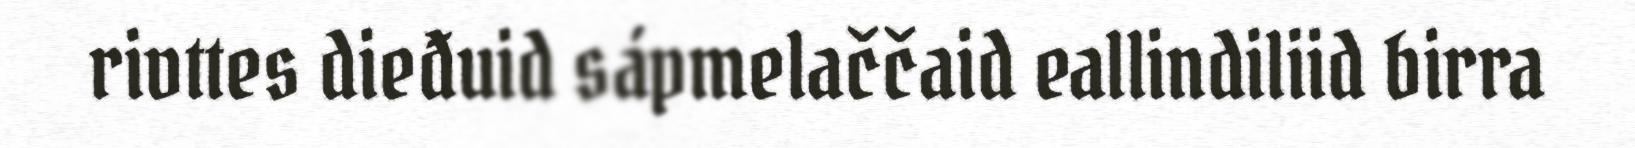
rivttes dieđuid sápmelaččaid eallindiliid birra